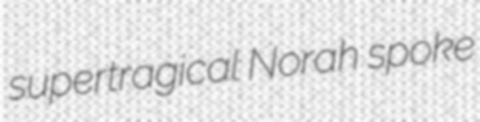
supertragical Norah spoke